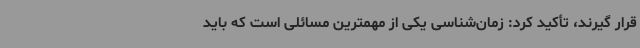
قرار گیرند، تأکید کرد: زمان‌شناسی یکی از مهمترین مسائلی است که باید